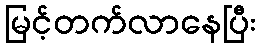
မြင့်တက်လာနေပြီး